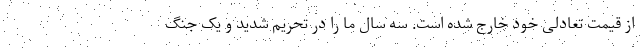
از قیمت تعادلی خود خارج شده است. سه سال ما را در تحریم شدید و یک جنگ